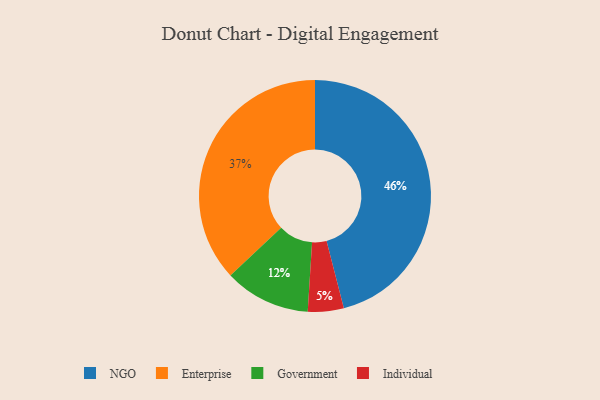
{"axis": {"x": "Category", "y": "Percentage"}, "legend": ["Enterprise", "Government", "Individual", "NGO"], "data": [{"x": "NGO", "y": 46, "type": "NGO"}, {"x": "Enterprise", "y": 37, "type": "Enterprise"}, {"x": "Government", "y": 12, "type": "Government"}, {"x": "Individual", "y": 5, "type": "Individual"}]}